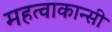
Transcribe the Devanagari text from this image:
महत्वाकान्सी